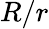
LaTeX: R/r